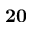
\bf { 2 0 }